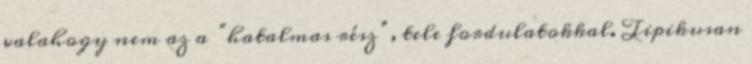
valahogy nem az a “hatalmas rész”, tele fordulatokkal. Tipikusan